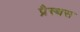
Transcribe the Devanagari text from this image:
प्रैस्थस